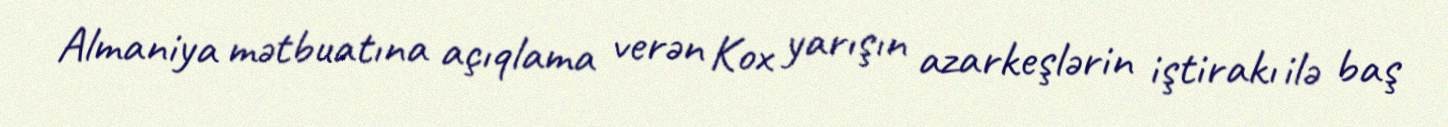
Almaniya mətbuatına açıqlama verən Kox yarışın azarkeşlərin iştirakı ilə baş